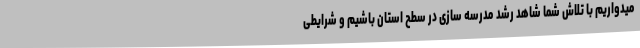
میدواریم با تلاش شما شاهد رشد مدرسه سازی در سطح استان باشیم و شرایطی